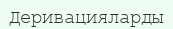
Деривацияларды